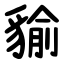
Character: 貐